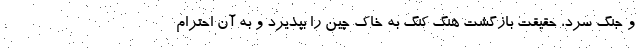
و جنگ سرد، حقیقت بازگشت هنگ کنگ به خاک چین را بپذیرد و به آن احترام